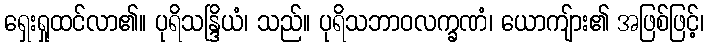
ရှေးရှုထင်လာ၏။ ပုရိသန္ဒြိယံ၊ သည်။ ပုရိသဘာဝလက္ခဏံ၊ ယောကျ်ား၏ အဖြစ်ဖြင့်၊